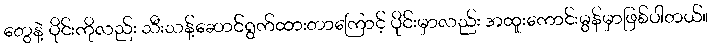
တွေနဲ့ ပိုင်းကိုလည်း သီးသန့်ဆောင်ရွက်ထားတာကြောင့် ပိုင်းမှာလည်း အထူးကောင်းမွန်မှာဖြစ်ပါတယ်။